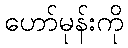
ဟော်မုန်းကို